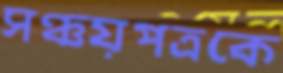
সঞ্চয়পত্রকে